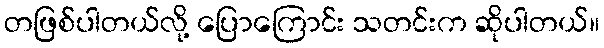
တဖြစ်ပါတယ်လို့ ပြောကြောင်း သတင်းက ဆိုပါတယ်။